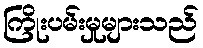
ကြိုးပမ်းမှုများသည်